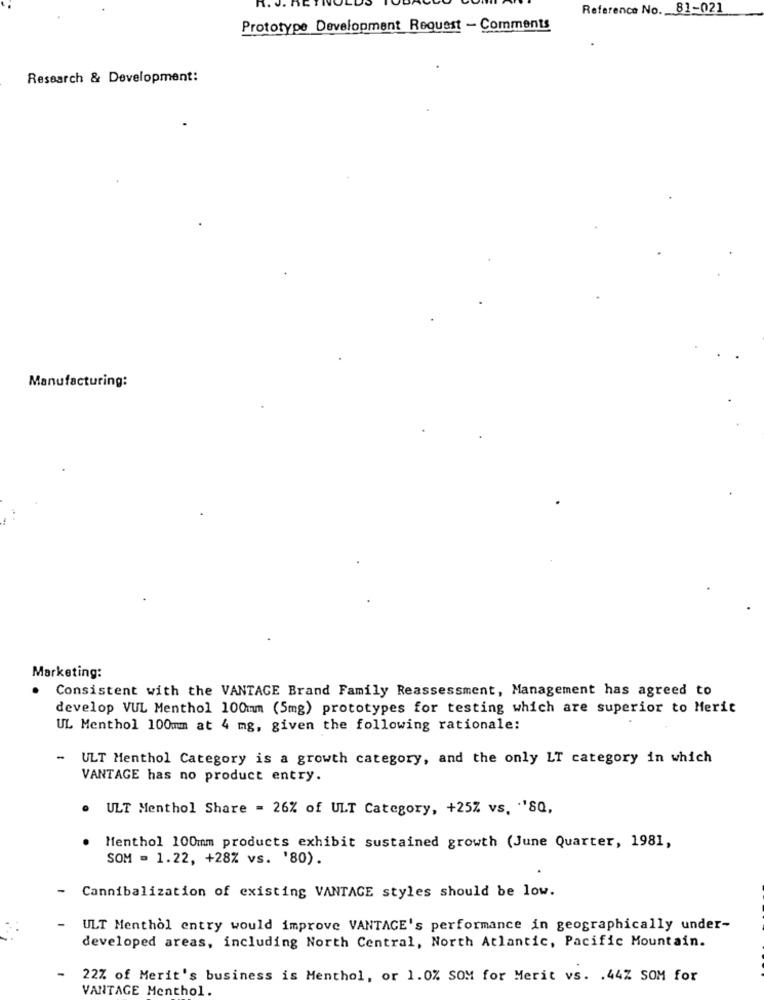
Reference No. 81-021
Prototype Development Request - Comments
Research & Development:
Manufacturing:
Marketing:
Consistent with the VANTAGE Brand Family Reassessment, Management has agreed to
develop VUL Menthol 100mm (5mg) prototypes for testing which are superior to Merit
UL Menthol 100mm at 4 mg, given the following rationale:
- ULT Menthol Category is a growth category, and the only LT category in which
VANTAGE has no product entry.
ULT Menthol Share = 26% of ULT Category, +25Z vs. "'SQ,
Menthol 100mm products exhibit sustained growth (June Quarter, 1981,
SOM = 1.22, +28% vs. '80).
Cannibalization of existing VANTAGE styles should be low.
ULT Menthol entry would improve VANTAGE's performance in geographically under-
developed areas, including North Central, North Atlantic, Pacific Mountain.
22% of Merit's business is Menthol, or 1.0% SOM for Merit vs. . 44% SOM for
VANTAGE Menthol